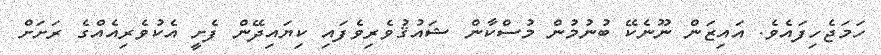
ހަމަޖެހިފައެވެ. އައިޒަން ނޫނެކޭ ބުނުމުން މުސްކާން ޝައުޤުވެރިވެފައި ކިޔައިދޭން ފެށީ އެކުވެރިއެއްގެ ރަށަށް